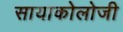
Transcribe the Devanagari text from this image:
सायाकोलोजी